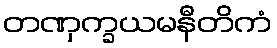
တဏှက္ခယမနီတိကံ